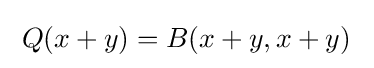
\;Q(x+y)=B(x+y,x+y)~